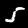
Digit: 5